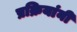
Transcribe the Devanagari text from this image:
प्रक्रियांनी